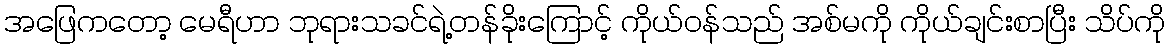
အဖြေကတော့ မေရီဟာ ဘုရားသခင်ရဲ့တန်ခိုးကြောင့် ကိုယ်ဝန်သည် အစ်မကို ကိုယ်ချင်းစာပြီး သိပ်ကို